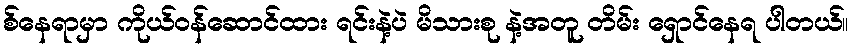
စ်နေရာမှာ ကိုယ်ဝန်ဆောင်ထား ရင်းနဲ့ပဲ မိသားစု နဲ့အတူ တိမ်း ရှောင်နေရ ပါတယ်။